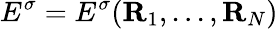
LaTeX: E^{\sigma}=E^{\sigma}({\mathbf R}_{1},...,{\mathbf R}_{N})